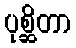
ပုစ္ဆိတာ